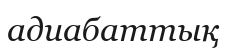
адиабаттық